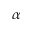
\alpha